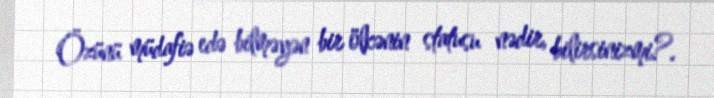
Özünü müdafiə edə bilməyən bir ölkənin statusu nədir, bilirsinizmi?.